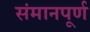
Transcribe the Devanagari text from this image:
संमानपूर्ण